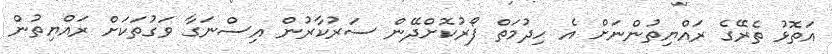
އަތޮޅު ތެރޭގެ ރައްޔިތުންނަށް އެ ހިދުމަތް ފޯރުކޮށްދޭން ސަރުކާރުން އިސްނަގާ ވަގުތަކަށް ރައްޔިތުން